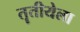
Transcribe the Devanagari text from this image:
तॄतीयेला